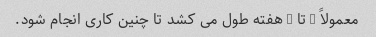
معمولاً 2 تا 3 هفته طول می کشد تا چنین کاری انجام شود.